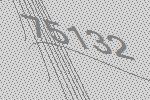
75132